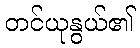
တင်ယုနွယ်၏